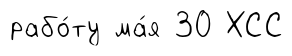
рабо́ту ма́я 30 ХСС